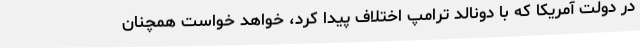
در دولت آمریکا که با دونالد ترامپ اختلاف پیدا کرد، خواهد خواست همچنان